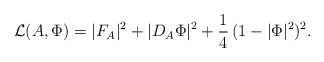
\begin{align*}\mathcal{L}(A,\Phi)=|F_A|^2+|D_A\Phi|^2+\frac14\,(1-|\Phi|^2)^2.\end{align*}